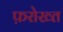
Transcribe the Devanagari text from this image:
फ़रोख्त